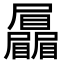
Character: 𡳻